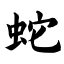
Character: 蛇